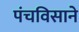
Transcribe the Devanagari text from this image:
पंचविसाने